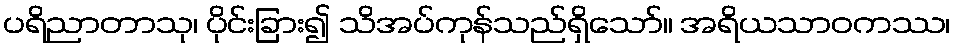
ပရိညာတာသု၊ ပိုင်းခြား၍ သိအပ်ကုန်သည်ရှိသော်။ အရိယသာဝကဿ၊